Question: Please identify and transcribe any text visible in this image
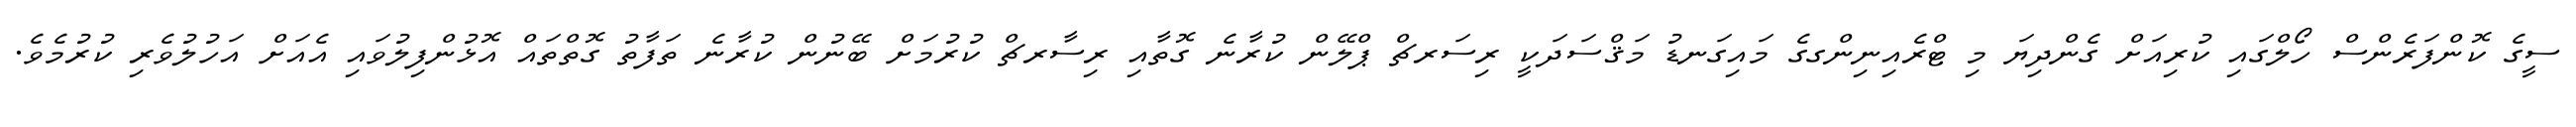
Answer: ސީގެ ކޮންފަރެންސް ހޯލްގައި ކުރިއަށް ގެންދިޔަ މި ޓްރެއިނިންގގެ މައިގަނޑު މަޤްސަދަކީ ރިސަރޗް ޕްލޭން ކުރާނެ ގޮތާއި ރިސާރޗް ކުރުމަށް ބޭނުން ކުރާނެ ތަފާތު ގޮތްތައް އޮޅުންފިލުވައި އެއަށް އަހުލުވެރި ކުރުމެވެ.